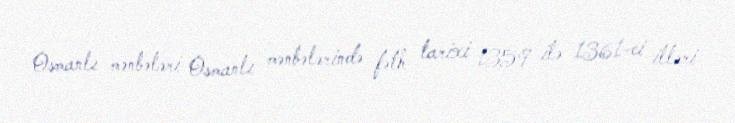
Osmanlı mənbələri Osmanlı mənbələrində fəth tarixi 1359 ilə 1361-ci illəri